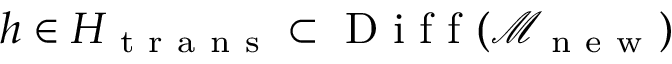
h \in H _ { \mathrm { ~ t ~ r ~ a ~ n ~ s ~ } } \subset \mathrm { ~ D ~ i ~ f ~ f ~ } ( \mathcal { M } _ { \mathrm { ~ n ~ e ~ w ~ } } )